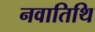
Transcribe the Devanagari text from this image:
नवातिथि